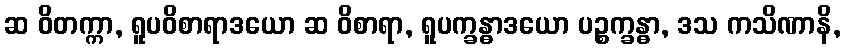
ဆ ဝိတက္ကာ, ရူပဝိစာရာဒယော ဆ ဝိစာရာ, ရူပက္ခန္ဓာဒယော ပဉ္စက္ခန္ဓာ, ဒသ ကသိဏာနိ,